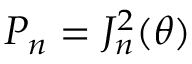
P _ { n } = J _ { n } ^ { 2 } ( \theta )